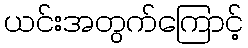
ယင်းအတွက်ကြောင့်